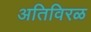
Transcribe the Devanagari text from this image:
अतिविरळ